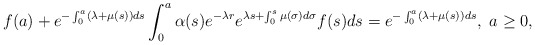
\begin{align*} f(a)+e^{-\int_0^a(\lambda+\mu(s))ds}\int_0^a\alpha(s)e^{-\lambda r}e^{\lambda s+\int_0^s\mu(\sigma)d\sigma}f(s)ds=e^{-\int_0^a(\lambda+\mu(s))ds}, \ a\geq 0,\end{align*}